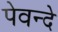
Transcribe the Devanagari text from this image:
पेवन्दे